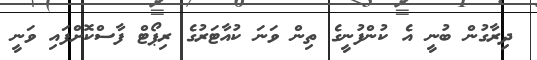
ދިރާގުން ބުނީ އެ ކުންފުނީގެ ތިން ވަނަ ކުއާޓަރުގެ ރިޕޯޓް ފާސްކޮށްފައި ވަނީ